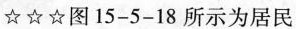
☆☆☆图15-5-18所示为居民